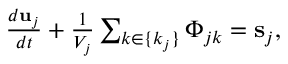
\begin{array} { r } { \frac { d { \bf u } _ { j } } { d t } + \frac { 1 } { V _ { j } } \sum _ { k \in \{ k _ { j } \} } { \Phi } _ { j k } = { \bf s } _ { j } , } \end{array}